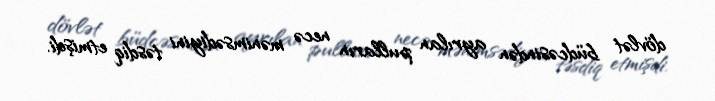
dövlət büdcəsindən ayrılan pulların necə mənimsədiyini təsdiq etmişdi.